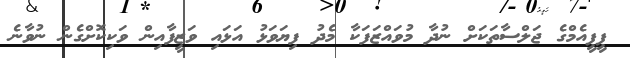
ޕީޕީއެމްގެ ޖަލްސާތަކަށް ނުދާ މުވައްޒަފަކާ މެދު ފިޔަވަޅު އަޅައި ވަޒީފާއިން ވަކިކޮށްގެން ނުވާނެ